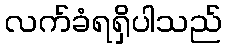
လက်ခံရရှိပါသည်